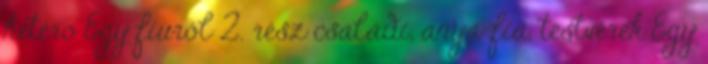
hetero Egy fiúról 2. rész családi, anya-fia, testvérek Egy